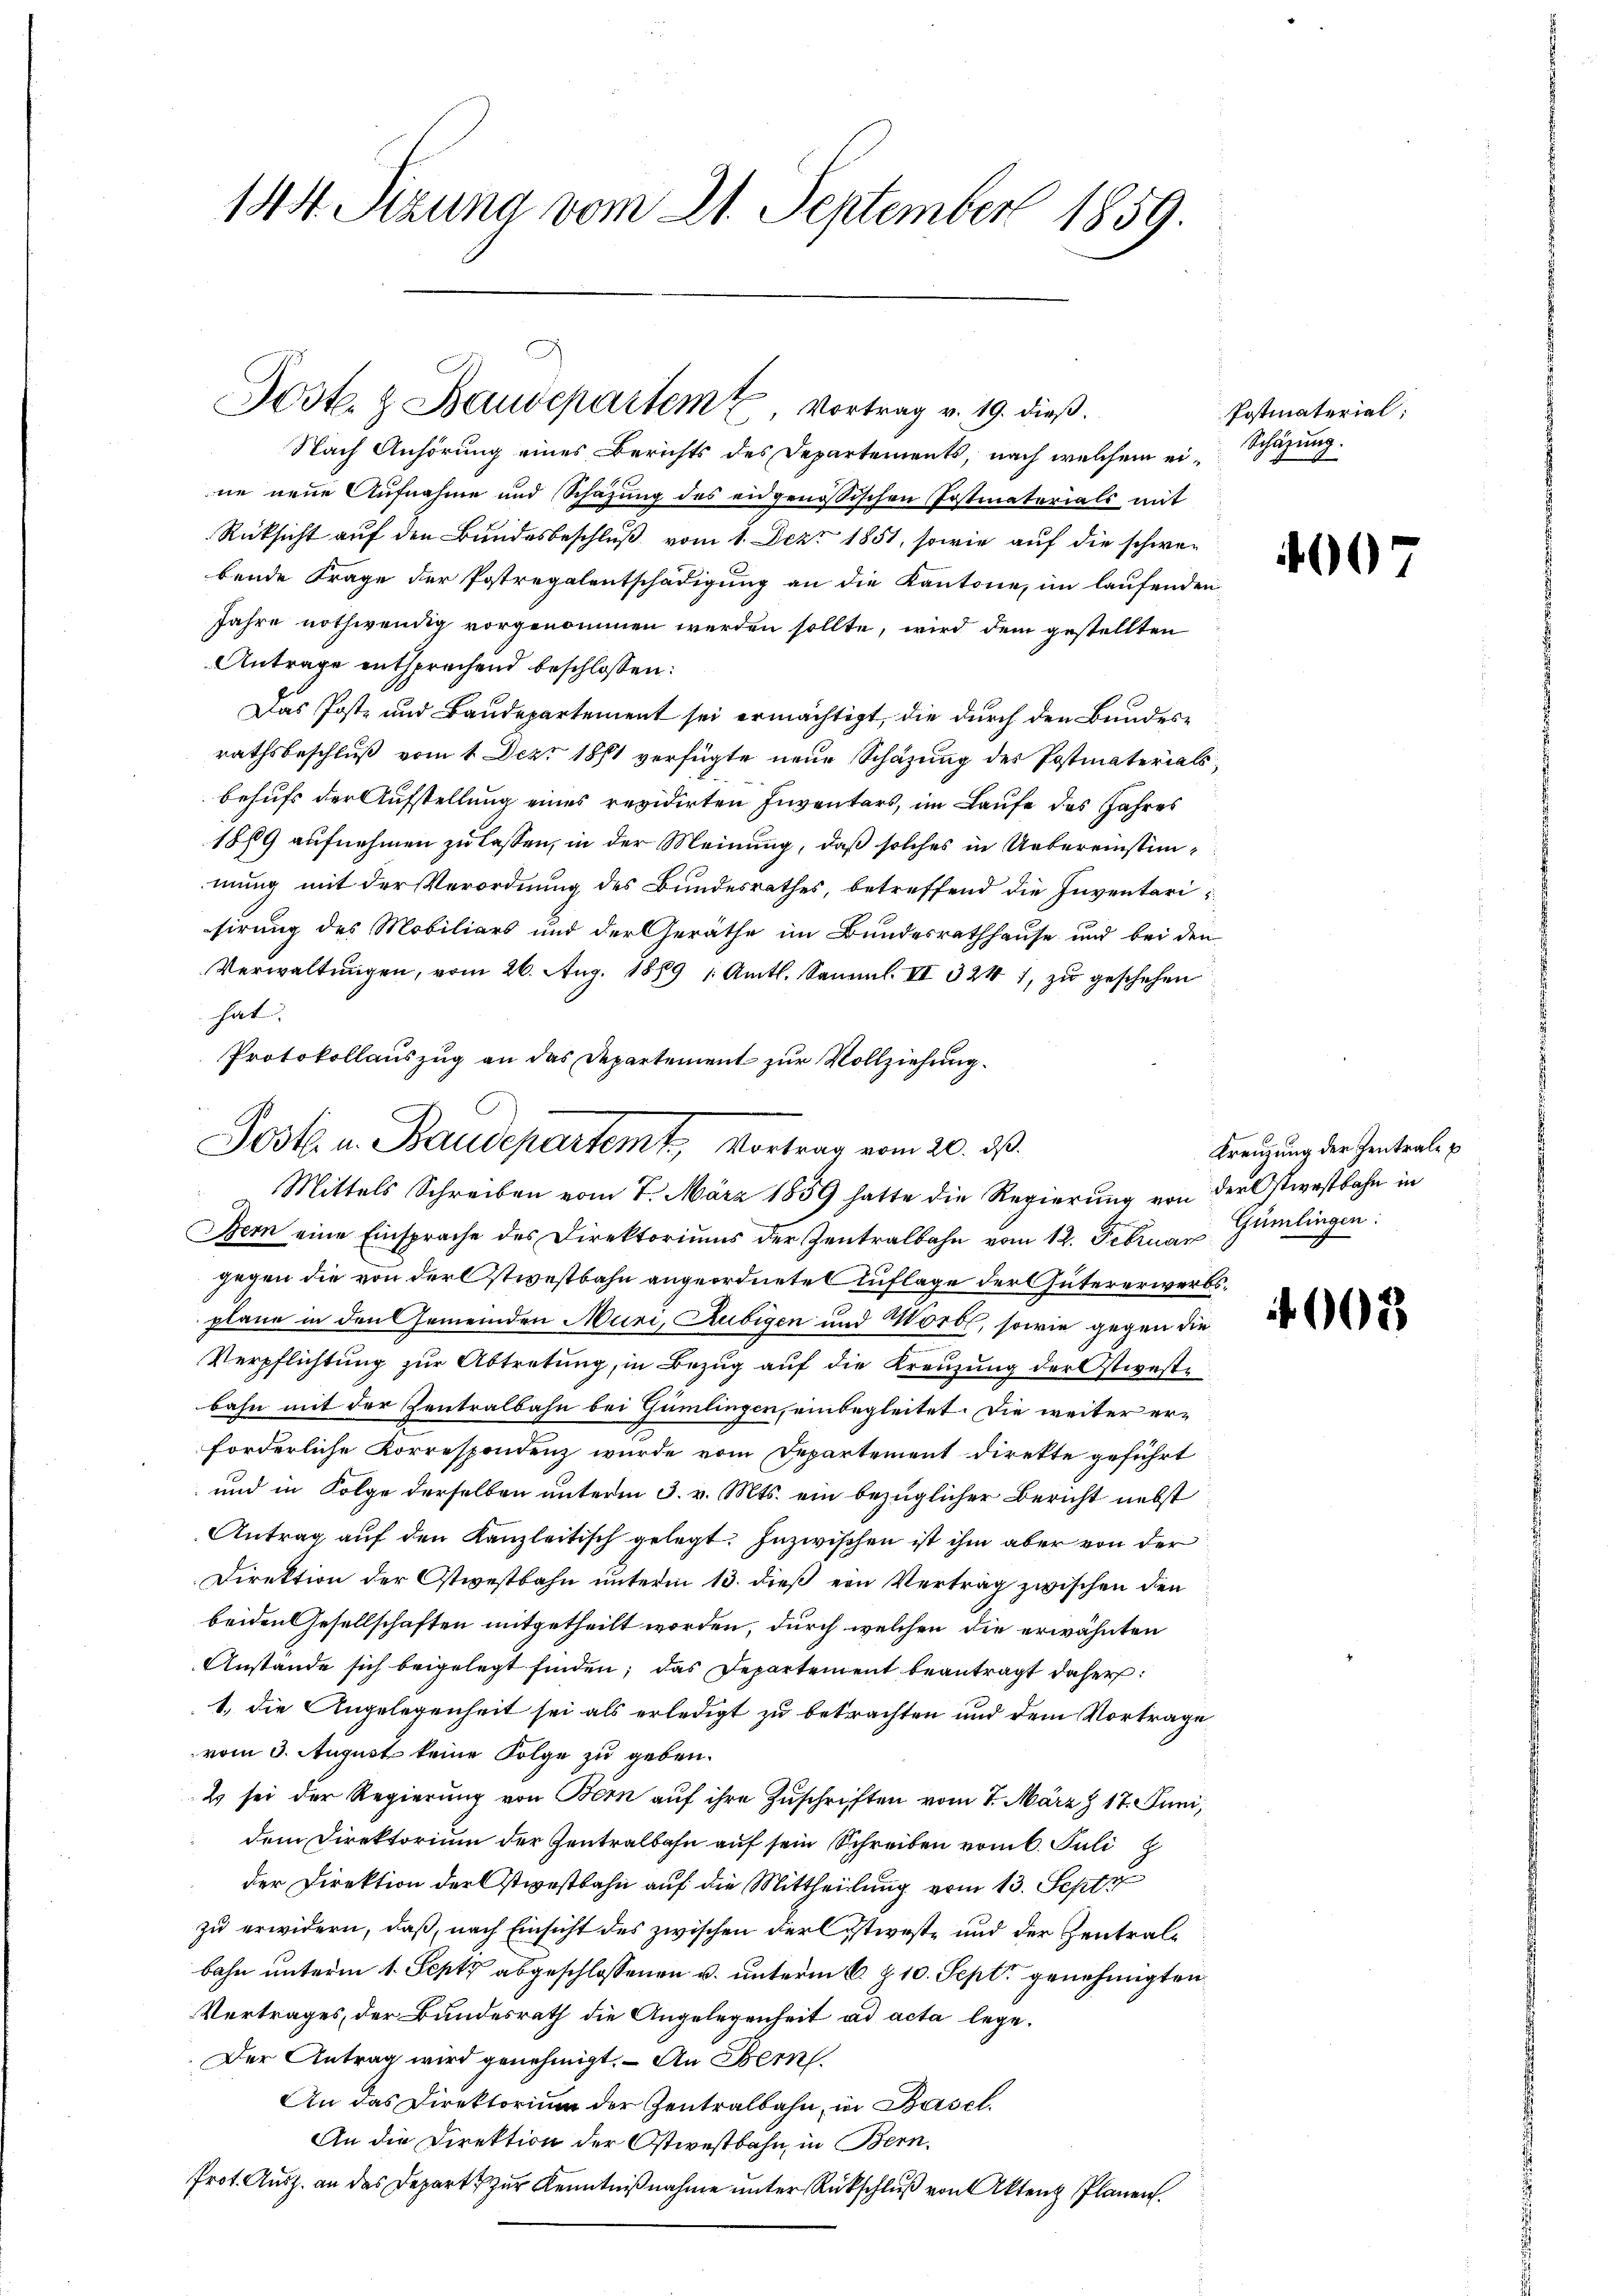
144. Sizung vom 21. September 1859.

1
Post- & Baudepartem 7. Vortrag v. 19. dieβ.

Nach Anhörung eines Berichts des Departements, nach welchem ei-Schazung.
ne neue Aufnahme und Schazung des eidgenössischen Postmaterials mit
Rücksicht auf den Bundesbeschluß vom 1. Dez. 1851, sowie auf die schwer
bende Frage der Postregalentschädigung an die Kantone, im laufenden
Jahre nothwendig vorgenommen werden sollte, wird dem gestellten
Antrage entsprechend beschlossen:
Das Post- und Baudepartement sei ermächtigt, die durch den Bundesrathsbeschluß vom 1. Dez. 1881 verfügte neue Schazung des Postmaterials,
behufs der Aufstellung eines revidirten Inventars, im Laufe des Jahres
1889 aufnehmen zu lassen, in der Meinung, daß solches in Uebereinstimmung mit der Verordnung des Bundesrathes, betreffend die Inventarisirung des Mobiliars und der Geräthe im Bundesrathhause und bei den
Verwaltungen, vom 26. Aug. 1889 1. Amtl. Samml. II 324 1, zu geschehen
hat;
Bern eine Einsprache des Direktoriums der Zentralbahn vom 12. Februar Gumlingen:
gegen die von der Stiestbahn angeordnete Auflage der Gütererwerbsplane in den Gemeinden Muri, Rubigen und Mordt, sowie gegen die
Verpflichtung zur Abtretung, in Bezug auf die Kreuzung der Ostweste
bahn mit der Zentralbahn bei Gümlingen, einbegleitet. Die weiter erforderliche Korrespondenz wurde vom Departement direkte geführt
und in Folge derselben unterm 3. v. Mts. ein bezüglicher Bericht nebst
Antrag auf den Kanzleitisch gelegt. Inzwischen ist ihm aber von der
Direktion der Ostwestbahn unterm 13. dieß ein Vertrag zwischen den
beiden Gesellschaften mitgetheilt worden, durch welchen die erwähnten
Anstände sich beigelegt finden; das Departement beantragt daher:
1. die Angelegenheit sei als erledigt zu betrachten und dem Vortrage
vom 3. August keine Folge zu geben.
Es sei der Regierung von Bern auf ihre Zuschriften vom 7. März 17. Juni,
dem Direktorium der Zentralbahn auf sein Schreiben vom 6. Juli
der Direktion der Ostwestbahn auf die Mittheilung vom 13. Sept
zu erwidern, daß, nach Einsicht des zwischen Kerl istweste und der Zentralbahn unterm 1. Sept abgeschlossenen u. unterm 6. Z. 10. Sept genehmigten
Vertrages, der Bundesrath die Angelegenheit ad acta lege.
.Der Antrag wird genehmigt. – An Bern
An das Direktorium der Zentralbahn, in Basel.
An die Direktion der Ostwestbahn in Bern,
Prot. Aush. an das Depart zur Kenntnißnahme unter Rückschluß von Akten Planen.

Protokollauszug an das Departement zur Vollziehung.
Jost u. Baudepartemt, Vortrag vom 20. ds.
Mittels Schreiben vom 7. März 1839 hatte die Regierung von der Ostwestbahn in

Postmaterial;

4

Kreuzung der Zentrale u

603